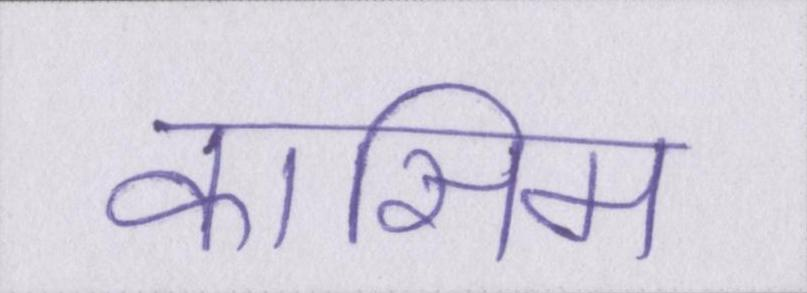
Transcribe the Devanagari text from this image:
कासिम